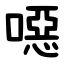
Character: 噁